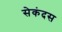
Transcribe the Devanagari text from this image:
सेकंदस